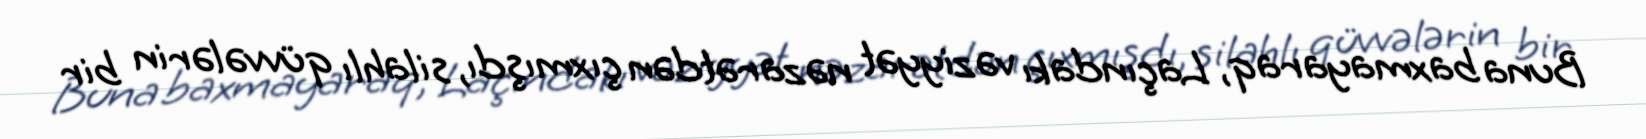
Buna baxmayaraq, Laçındakı vəziyyət nəzarətdən çıxmışdı, silahlı qüvvələrin bir